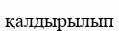
қалдырылып